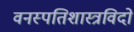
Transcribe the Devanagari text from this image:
वनस्पतिशास्त्रविदों